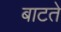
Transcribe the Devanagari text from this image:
बाटते